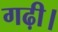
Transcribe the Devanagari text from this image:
गढ़ी।